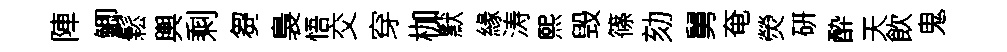
陣鯽鬆輿剩芻裊悟交穿枷默緣涛熙毁篠劾舅奄熒硏酔天飲鬼